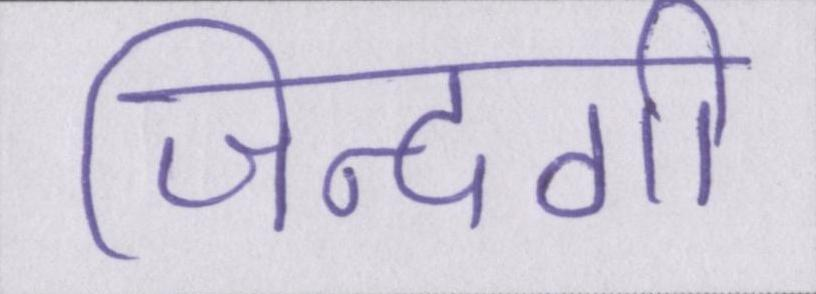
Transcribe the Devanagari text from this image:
जिन्दगी